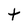
Character: t